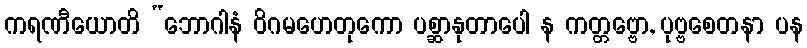
ကရဏီယောတိ “ဘောဂါနံ ဝိဂမဟေတုကော ပစ္ဆာနုတာပေါ န ကတ္တဗ္ဗော, ပုဗ္ဗစေတနာ ပန